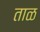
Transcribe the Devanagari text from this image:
ताळ